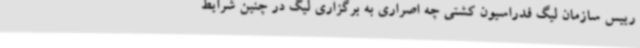
رییس سازمان لیگ فدراسیون کشتی چه اصراری به برگزاری لیگ در چنین شرایط